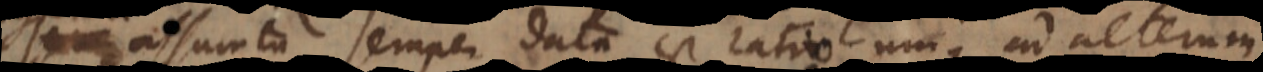
assumta semper data est ratio unius ad altera